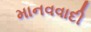
માનવવાદી